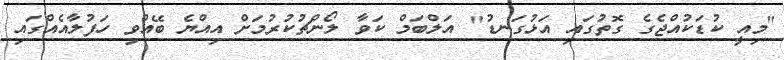
"މިއީ ކުޑަކުއްޖެގެ ގޮތުގައި އަޅުގަނޑު" އަލްބަމް ކަވާ ލޯންޗުކުރުމަށް އިއްޔެ ބޭއްވި ހަފުލާއެއްގައި